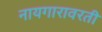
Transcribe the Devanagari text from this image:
नायगारावरती